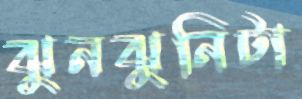
ঝুনঝুনিটা